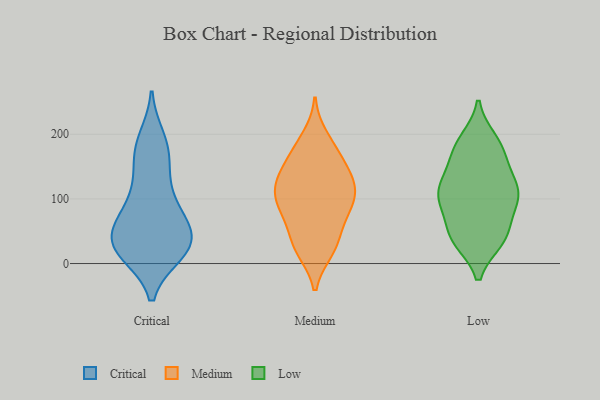
{"axis": {"x": "Website Visitors", "y": "Value"}, "legend": ["Critical", "Low", "Medium"], "data": [{"x": "", "y": 87, "type": "Critical"}, {"x": "", "y": 36, "type": "Critical"}, {"x": "", "y": 23, "type": "Critical"}, {"x": "", "y": 24, "type": "Critical"}, {"x": "", "y": 26, "type": "Critical"}, {"x": "", "y": 64, "type": "Critical"}, {"x": "", "y": 65, "type": "Critical"}, {"x": "", "y": 103, "type": "Critical"}, {"x": "", "y": 27, "type": "Critical"}, {"x": "", "y": 181, "type": "Critical"}, {"x": "", "y": 175, "type": "Critical"}, {"x": "", "y": 46, "type": "Critical"}, {"x": "", "y": 16, "type": "Critical"}, {"x": "", "y": 64, "type": "Critical"}, {"x": "", "y": 193, "type": "Critical"}, {"x": "", "y": 16, "type": "Critical"}, {"x": "", "y": 127, "type": "Critical"}, {"x": "", "y": 153, "type": "Critical"}, {"x": "", "y": 134, "type": "Medium"}, {"x": "", "y": 20, "type": "Medium"}, {"x": "", "y": 116, "type": "Medium"}, {"x": "", "y": 85, "type": "Medium"}, {"x": "", "y": 118, "type": "Medium"}, {"x": "", "y": 131, "type": "Medium"}, {"x": "", "y": 173, "type": "Medium"}, {"x": "", "y": 25, "type": "Medium"}, {"x": "", "y": 65, "type": "Medium"}, {"x": "", "y": 23, "type": "Medium"}, {"x": "", "y": 154, "type": "Medium"}, {"x": "", "y": 93, "type": "Medium"}, {"x": "", "y": 95, "type": "Medium"}, {"x": "", "y": 196, "type": "Medium"}, {"x": "", "y": 172, "type": "Medium"}, {"x": "", "y": 127, "type": "Medium"}, {"x": "", "y": 89, "type": "Medium"}, {"x": "", "y": 49, "type": "Medium"}, {"x": "", "y": 97, "type": "Low"}, {"x": "", "y": 108, "type": "Low"}, {"x": "", "y": 38, "type": "Low"}, {"x": "", "y": 114, "type": "Low"}, {"x": "", "y": 168, "type": "Low"}, {"x": "", "y": 93, "type": "Low"}, {"x": "", "y": 113, "type": "Low"}, {"x": "", "y": 36, "type": "Low"}, {"x": "", "y": 68, "type": "Low"}, {"x": "", "y": 94, "type": "Low"}, {"x": "", "y": 40, "type": "Low"}, {"x": "", "y": 162, "type": "Low"}, {"x": "", "y": 180, "type": "Low"}, {"x": "", "y": 188, "type": "Low"}, {"x": "", "y": 132, "type": "Low"}, {"x": "", "y": 134, "type": "Low"}, {"x": "", "y": 37, "type": "Low"}, {"x": "", "y": 110, "type": "Low"}, {"x": "", "y": 191, "type": "Low"}, {"x": "", "y": 44, "type": "Low"}]}